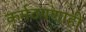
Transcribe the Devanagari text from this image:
कर्मठपणाही